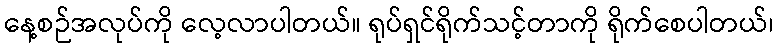
နေ့စဉ်အလုပ်ကို လေ့လာပါတယ်။ ရုပ်ရှင်ရိုက်သင့်တာကို ရိုက်စေပါတယ်၊